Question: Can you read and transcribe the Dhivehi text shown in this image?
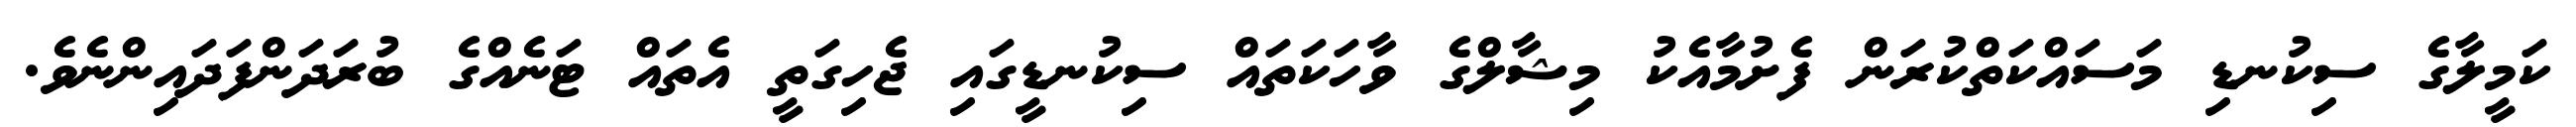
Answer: ކަމީލާގެ ސިކުނޑި މަސައްކަތްކުރަން ފެށުމާއެކު މިޝާލްގެ ވާހަކަތައް ސިކުނޑީގައި ޖެހިގަތީ އެތައް ޓަނެއްގެ ބުރަދަންފަދައިންނެވެ.